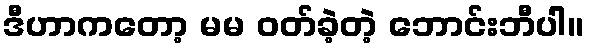
ဒီဟာကတော့ မမ ဝတ်ခဲ့တဲ့ ဘောင်းဘီပါ။